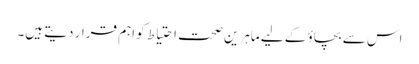
اس سے بچاؤ کے لیے ماہرین صحت احتیاط کو اہم قرار دیتے ہیں۔